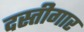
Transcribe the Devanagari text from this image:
दस्तीगार